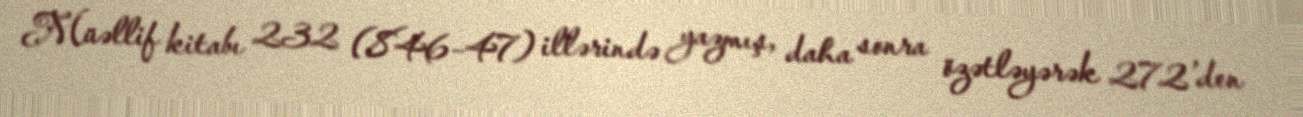
Müəllif kitabı 232 (846–47) illərində yazmış, daha sonra özətləyərək 272’den